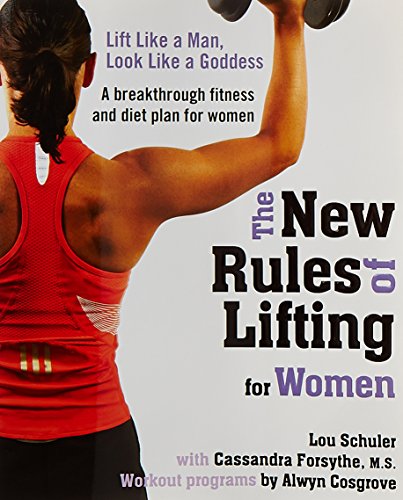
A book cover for The New Rules of Lifting for Women: Lift Like a Man, Look Like a Goddess; Lou Schuler; Health, Fitness & Dieting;